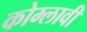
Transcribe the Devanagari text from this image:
कोम्लावी